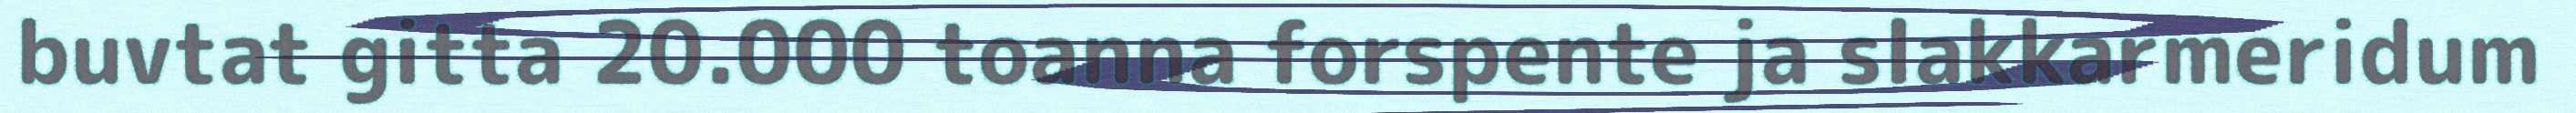
buvtat gitta 20.000 toanna forspente ja slakkarmeridum